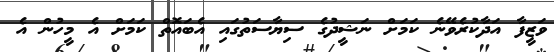
ވަޒީފާ އަދާކުރެވޭނެ ކަމަށް ނަޝީދުގެ ސިޔާސަތުގައި އެބައޮތް ކަމަށް އެ މީހުން އެ